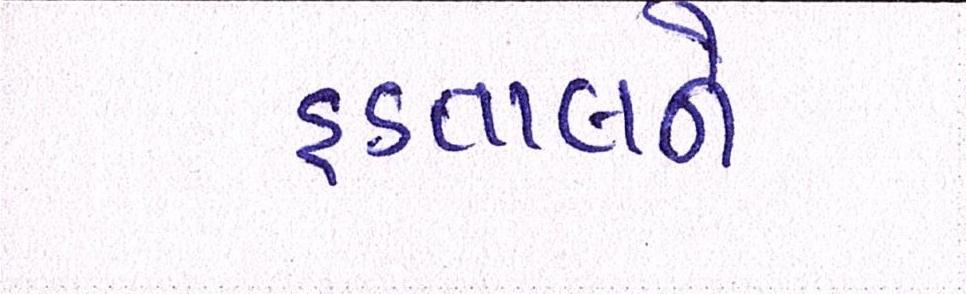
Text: હડતાલને